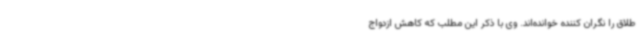
طلاق را نگران کننده خوانده‌اند. وی با ذکر این مطلب که کاهش ازدواج